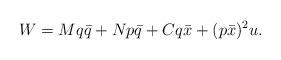
LaTeX: \begin{align*}W=Mq\bar{q}+Np\bar{q}+Cq\bar{x}+(p\bar{x})^2u.\end{align*}